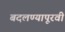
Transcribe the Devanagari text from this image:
बदलण्यापूरवी